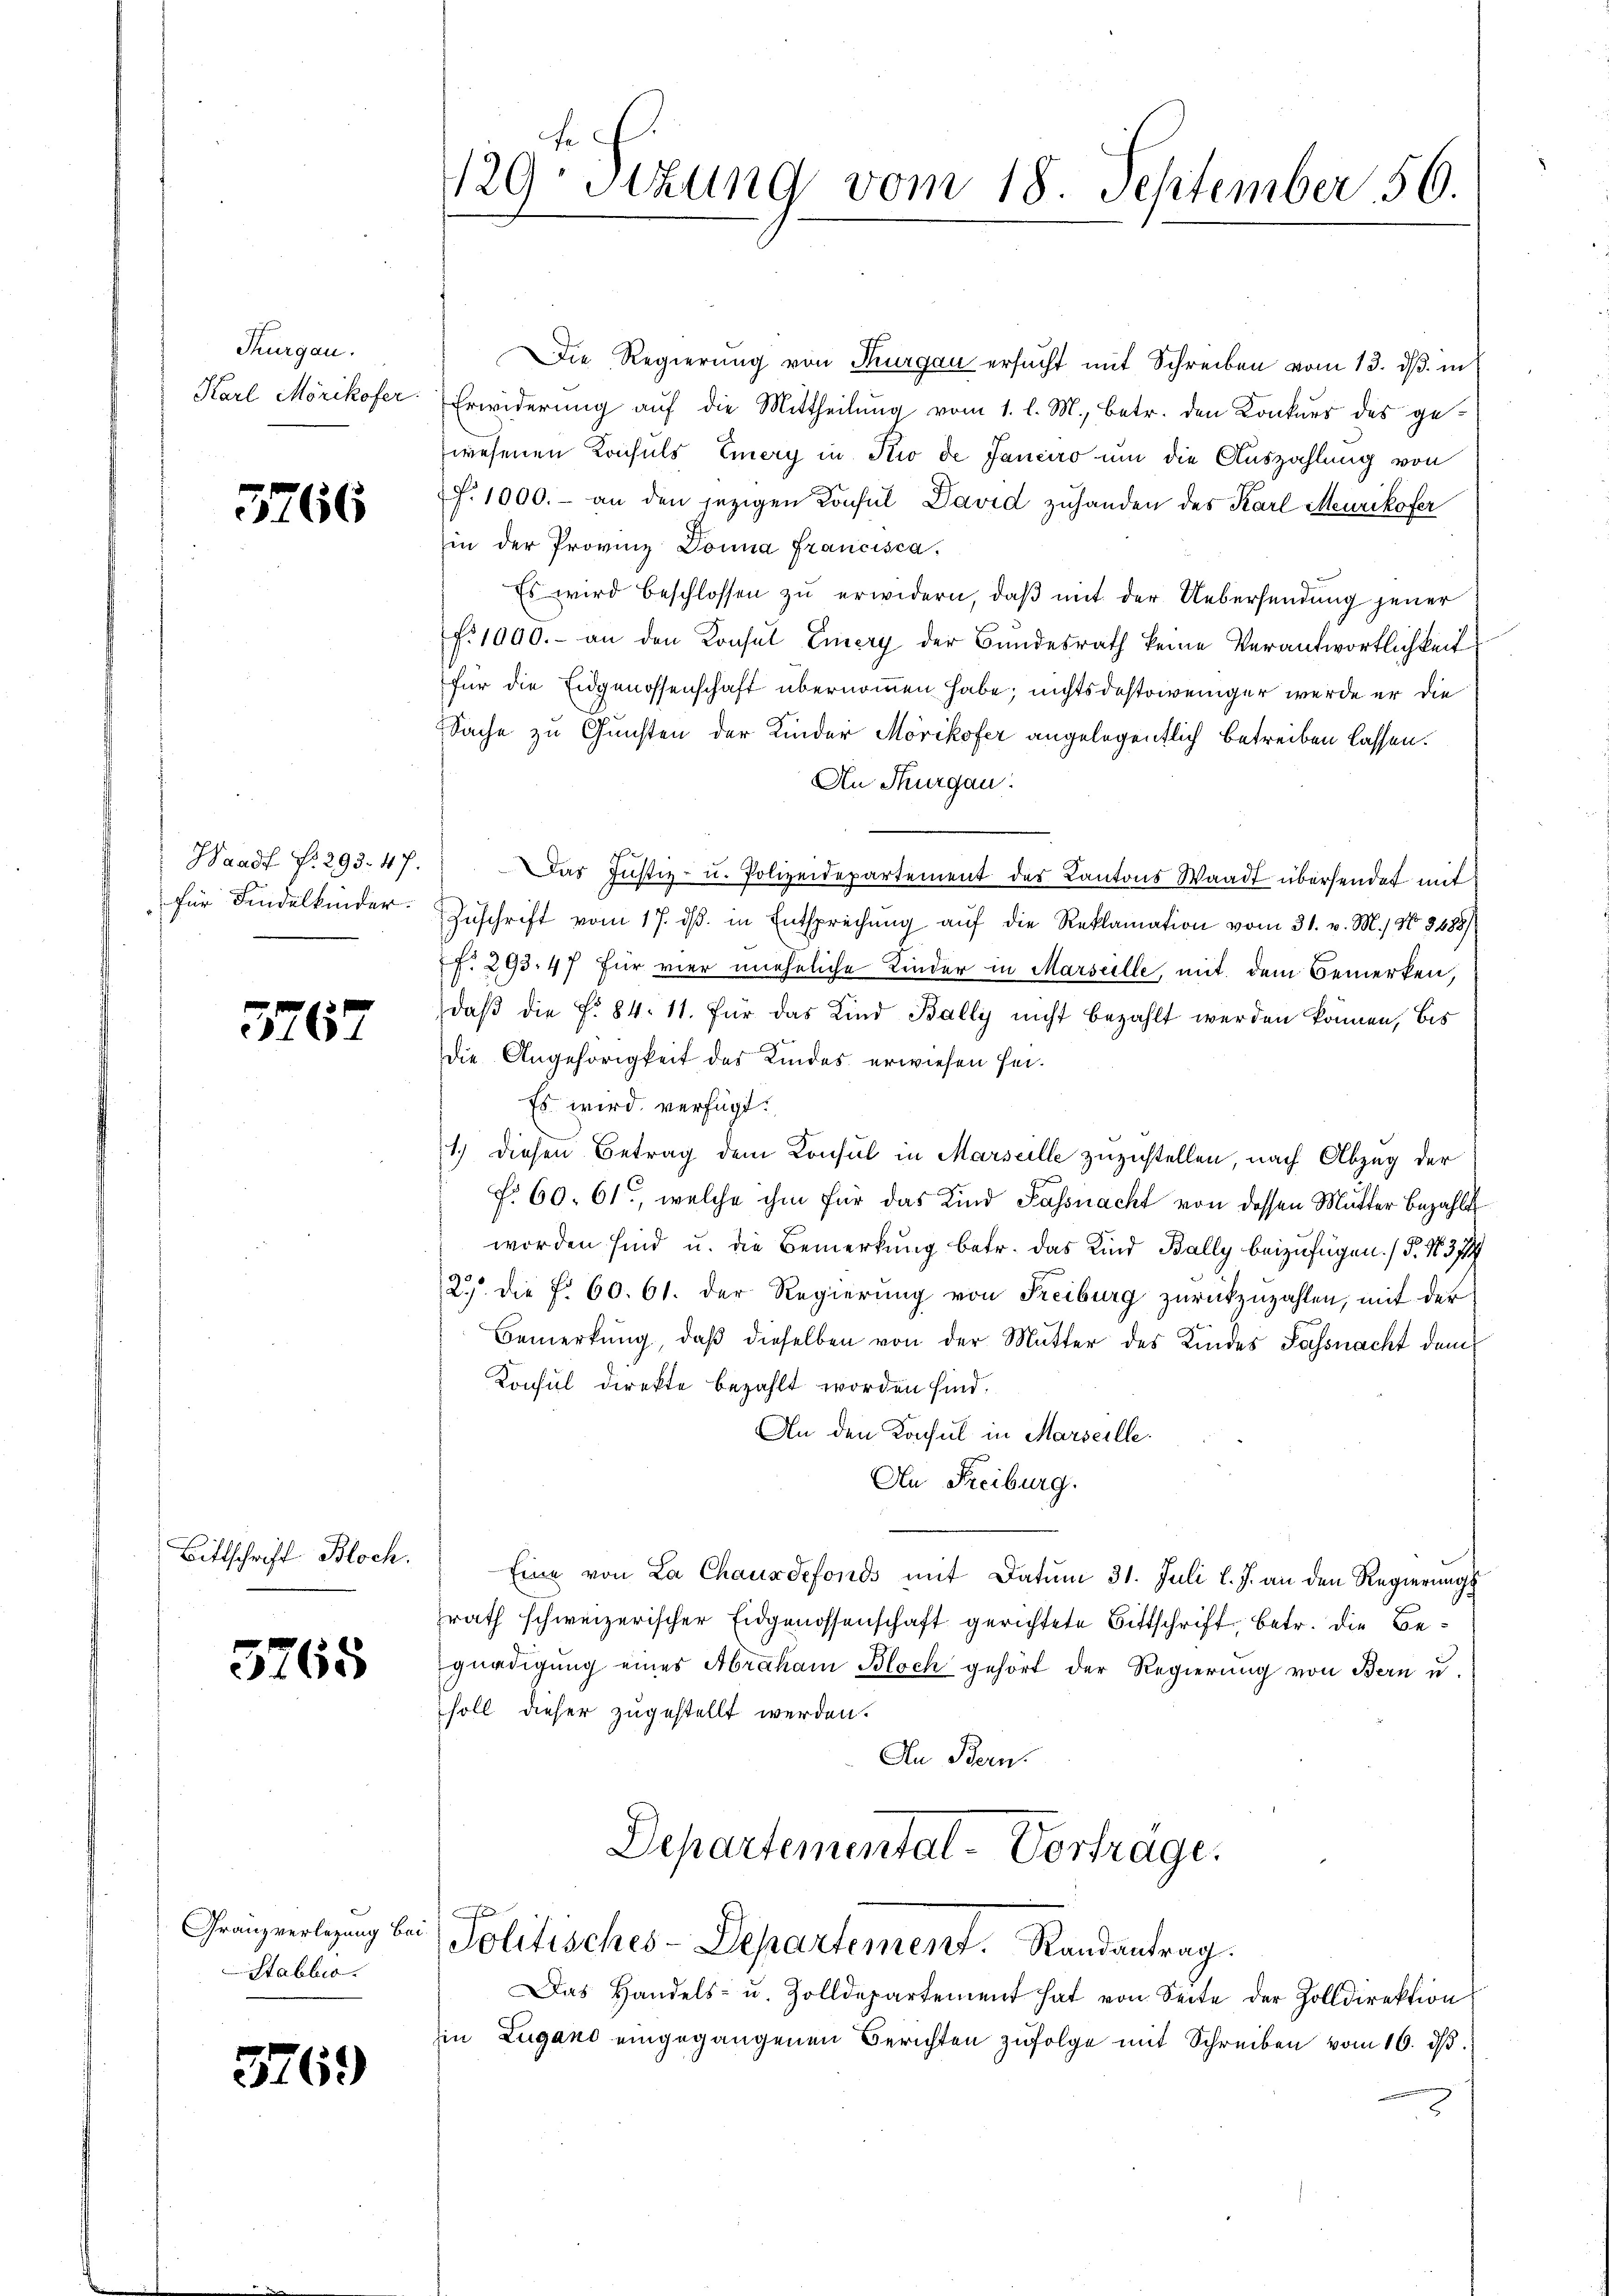
Thurgau.
Karl Mörikofer.

3266

Waadt f. 293. 47.
für Findelkinder.

3767

Bittschrift Bloch.

3765

Granzverlegung bei.
Stablio

3769

129: Sizung vom 18. September 56.

Die Regierung von Thurgau ersucht mit Schreiben vom 13. ds. in
Erwiderung auf die Mittheilung vom 1. l. M., betr. den Konkurs des gewesenen Krichels Emery in Krio de Janeiro um die Auszahlung von
. 1000.- an den jezigen Konsul David zuhanden des Karl Meurikofer
in der Provinz Donna Francisca.
Es wird beschlossen zŭ erwidern, daβ mit der Uebersendung jener
f. 1000.- an den Konsul Eiery der Bundesrath keine Verantwortlichkeit
für die Eidgenossenschaft übernommen habe; nichtsdestoweniger werde er die
Sache zu Gunsten der Kinder Mörikofer angelegentlich betreiben lassen.
An Thurgau.
Das Justiz- u. Polizeidepartement des Kantons Waadt übersendet mit
Zuschrift vom 17. dβ. in Entsprechung auf die Reklamation vom 31. v. M., N. 3488/
f. 293. 47 für vier uneheliche Kinder in Marseille, mit dem Bemerken
daβ die f. 84. 11. Für das Kind Bally nicht bezahlt werden können, bis
die Angehörigkeit des Kindes erwiesen sei.
Es wird verfügt:
1.) Diesen Betrag dem Konsul in Marseille zuzustellen, nach Abzug der
f. 60. 61, welche ihm für das Kind Fassnacht von dessen Mutter Bezahlt
worden sind u. die Bemerkung betr. das Kind Bally beizufügen. (T. N. 374
2. die f. 60. 61. der Regierung von Freiburg zurückzuzahlen, mit der
Bemerkung, daβ dieselben von der Mutter des Kindes Sassnacht dem
Konsul direkte bezahlt worden sind.
An den Konsul in Marseille.
An Freiburg.
Eine von La Chaus defonds mit Datum 31. Juli l. J. an den Regierungszrath schweizerischer Eidgenossenschaft gerichtete Bittschrift, betr. die Begnadigung eines Abraham Bloch gehört der Regierung von Bern u.
soll dieser zugestellt werden.
An Bern.
Departemental-Vortrage.
Politisches-Departement. Randantrag.
Das Handels- u. Zolldepartement hat von Seite der Zolldirektion
Ein Zugano eingegangenen Berichten zŭfolge mit Schreiben vom 16. dβ.